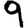
Digit: 9